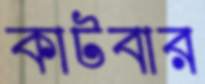
কাটবার